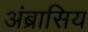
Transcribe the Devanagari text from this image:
अंब्रासिय